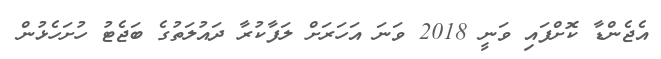
އެޖެންޑާ ކޮށްފައި ވަނީ 2018 ވަނަ އަހަރަށް ލަފާކުރާ ދައުލަތުގެ ބަޖެޓު ހުށަހެޅުން